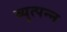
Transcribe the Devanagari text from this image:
व्‍युत्‍पन्‍न